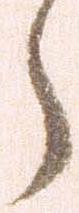
ら